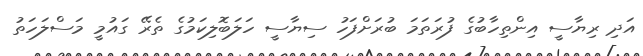
އަދި ރިޔާސީ އިންތިހާބުގެ ފުރަތަމަ ބުރަށްފަހު ސިޔާސީ ހަލަބޮލިކަމުގެ ތެރޭ ގައުމީ މަސްލަހަތު